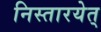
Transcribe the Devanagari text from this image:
निस्तारयेत्